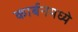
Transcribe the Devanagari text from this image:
कार्बनमध्ये